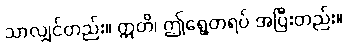
သာလျှင်တည်း။ ဣတိ၊ ဤရွေ့တရပ် အပြီးတည်း။